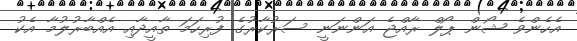
އެހެންވެ ޝޯން ޕޯލް ރާއްޖެ އަންނަނީ ސަރުކާރުގެ ފުރިހަމަ ތާއީދާއި އެއްބާރުލުމާ އެކު